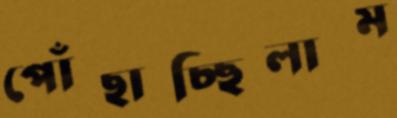
পোঁছাচ্ছিলাম